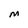
Character: M